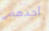
أجدهم